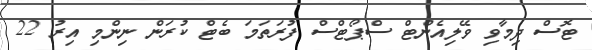
ޓޮސް ދިމާވި ވޭލިއެންޓް ސްޕޯޓްސް ފުރަތަމަ ބެޓް ކުރަން ނިންމި އިރު 22